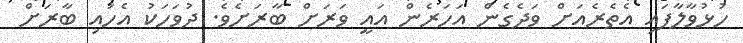
ހުޅުވާލާފައި އެތެރެއަށް ވަދެގެން އަހަރެން އައީ ވަރަށް ބާރަށެވެ. ދުވަހަކު އެހައި ބާރަށް